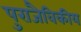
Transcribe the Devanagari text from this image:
पुराजैविकीय